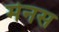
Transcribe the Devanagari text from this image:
मेनस